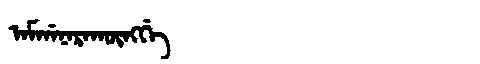
Manchu: ᠠᠮᡤᠠᠨᠠᡵᠠᡴᡡᠩᡤᡝ
Romanization: AMGANARAKŪNGGE